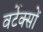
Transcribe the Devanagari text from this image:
वर्टेक्सों